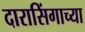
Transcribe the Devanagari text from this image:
दारासिंगाच्या